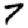
Digit: 7